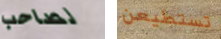
لصاحب تستطيعن